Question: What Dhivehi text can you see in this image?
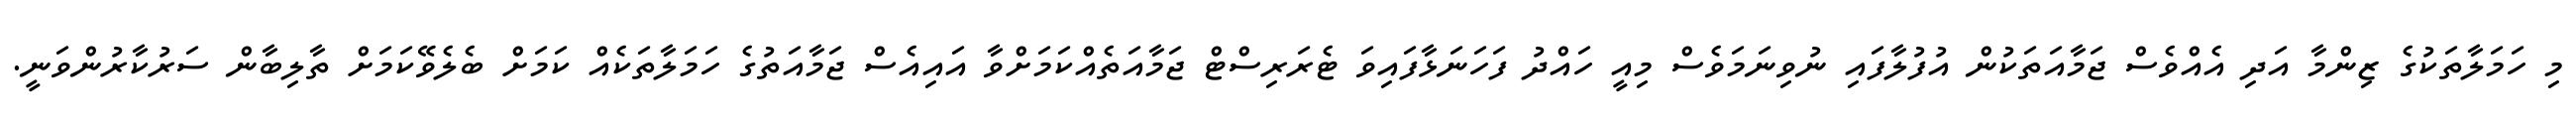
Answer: މި ހަމަލާތަކުގެ ޒިންމާ އަދި އެއްވެސް ޖަމާއަތަކުން އުފުލާފައި ނުވިނަމަވެސް މިއީ ހައްދު ފަހަނަޅާފައިވަ ޓެރަރިސްޓް ޖަމާއަތެއްކަމަށްވާ އައިއެސް ޖަމާއަތުގެ ހަމަލާތަކެއް ކަމަށް ބެލެވޭކަމަށް ތާލިބާން ސަރުކާރުންވަނީ.